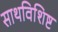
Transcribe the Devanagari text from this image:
साथविशिष्ट